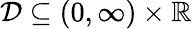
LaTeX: \mathcal{D}\subseteq(0,\infty)\times\mathbb{R}